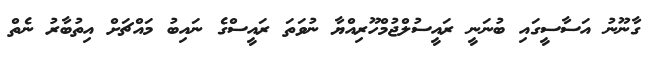
ގާނޫނު އަސާސީގައި ބުނަނީ ރައީސުލްޖުމްހޫރިއްޔާ ނުވަތަ ރައީސްގެ ނައިބު މައްޗަށް އިތުބާރު ނެތް